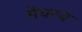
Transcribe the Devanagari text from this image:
मेघरज